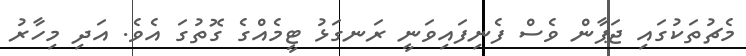
މެޗުތަކުގައި ޖަޕާން ވެސް ފެނިފައިވަނީ ރަނގަޅު ޓީމެއްގެ ގޮތުގަ އެވެ. އަދި މިހާރު